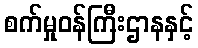
စက်မှုဝန်ကြီးဌာနနှင့်